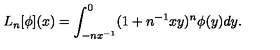
L _ { n } [ \phi ] ( x ) = \int _ { - n x ^ { - 1 } } ^ { 0 } ( 1 + n ^ { - 1 } x y ) ^ { n } \phi ( y ) d y .